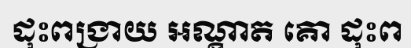
ដុះពង្រាយ អណ្តាត គោ ដុះព